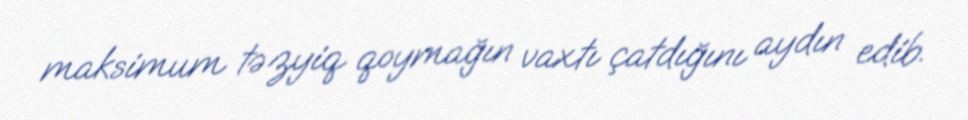
maksimum təzyiq qoymağın vaxtı çatdığını aydın edib.